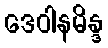
ဒေဝါနမိန္ဒ